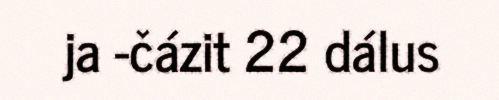
ja -čázit 22 dálus